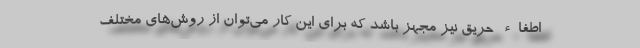
اطفاء حریق نیز مجهز باشد که برای این کار می‌توان از روش‌های مختلف